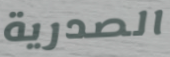
الصدرية